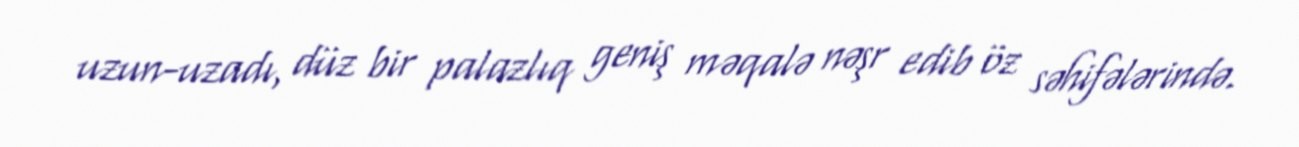
uzun-uzadı, düz bir palazlıq geniş məqalə nəşr edib öz səhifələrində.